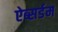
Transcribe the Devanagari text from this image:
ऐब्सर्डम